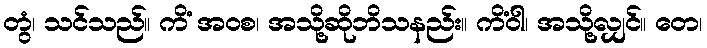
တွံ၊ သင်သည်။ ကိံ အဝစ၊ အသို့ဆိုဘိသနည်း။ ကိံဝါ၊ အသို့လျှင်။ တေ၊